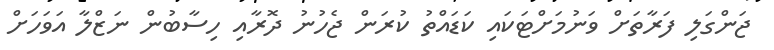
ޖަންގަލި ފަރާތަށް ވަނުމަށްޓަކައި ކަޑައްތު ކުރަން ޖެހުނު ދޮރާއި ހިސާބުން ނަޒްލާ އަވަހަށް